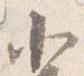
北